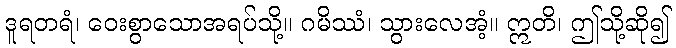
ဒူရတရံ၊ ဝေးစွာသောအရပ်သို့။ ဂမိဿံ၊ သွားလေအံ့။ ဣတိ၊ ဤသို့ဆို၍